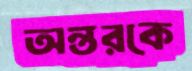
অন্তরকে